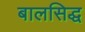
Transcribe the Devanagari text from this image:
बालसिद्ध